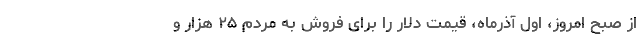
از صبح امروز، اول آذرماه، قیمت دلار را برای فروش به مردم ۲۵ هزار و